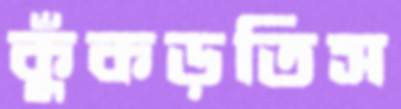
কুঁকড়তিস